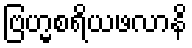
ဗြဟ္မစရိယဖလာနိ